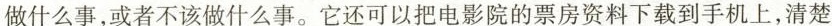
做什么事，或者不该做什么事。它还可以把电影院的票房资料下载到手机上，清楚